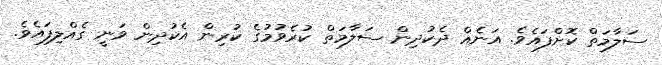
ސަލާމަތް ކޮށްފައެވެ. އަނެއް ދެކުދިން ސަލާމަތް ކުރެވުމުގެ ކުރިން އެކުދިން ވަނީ ގެއްލިފައެވެ.